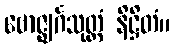
ဗောဇ္ဈင်္ဂသုတ္တံ နိဋ္ဌိတံ။